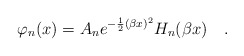
\begin{align*}\varphi_n(x)=A_n e^{-\frac{1}{2}(\beta x)^2}H_n(\beta x) \ \ \ .\end{align*}